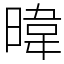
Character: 暐